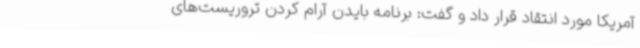
آمریکا مورد انتقاد قرار داد و گفت: برنامه بایدن آرام کردن تروریست‌های